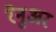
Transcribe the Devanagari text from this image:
रेनुअर